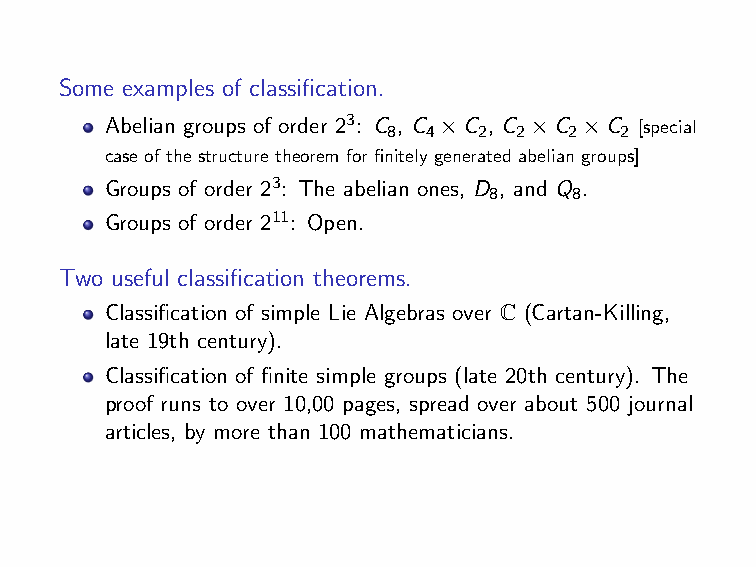
Some examples of classification.
 Abelian groups of order 23: C 8, C 4×C 2, C 2×C 2×C 2 [special
 case of the structure theorem for finitely generated abelian groups]
 Groups of order 23: The abelian ones, D , and Q .
 8     8
 Groups of order 211: Open.
 Two useful classification theorems.
 Classification of simple Lie Algebras over C (Cartan-Killing,
 late 19th century).
 Classification of finite simple groups (late 20th century). The
 proof runs to over 10,00 pages, spread over about 500 journal
 articles, by more than 100 mathematicians.